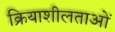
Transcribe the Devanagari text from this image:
क्रियाशीलताओं